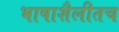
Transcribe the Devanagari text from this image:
भाषाशैलीतच